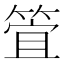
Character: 𮅞